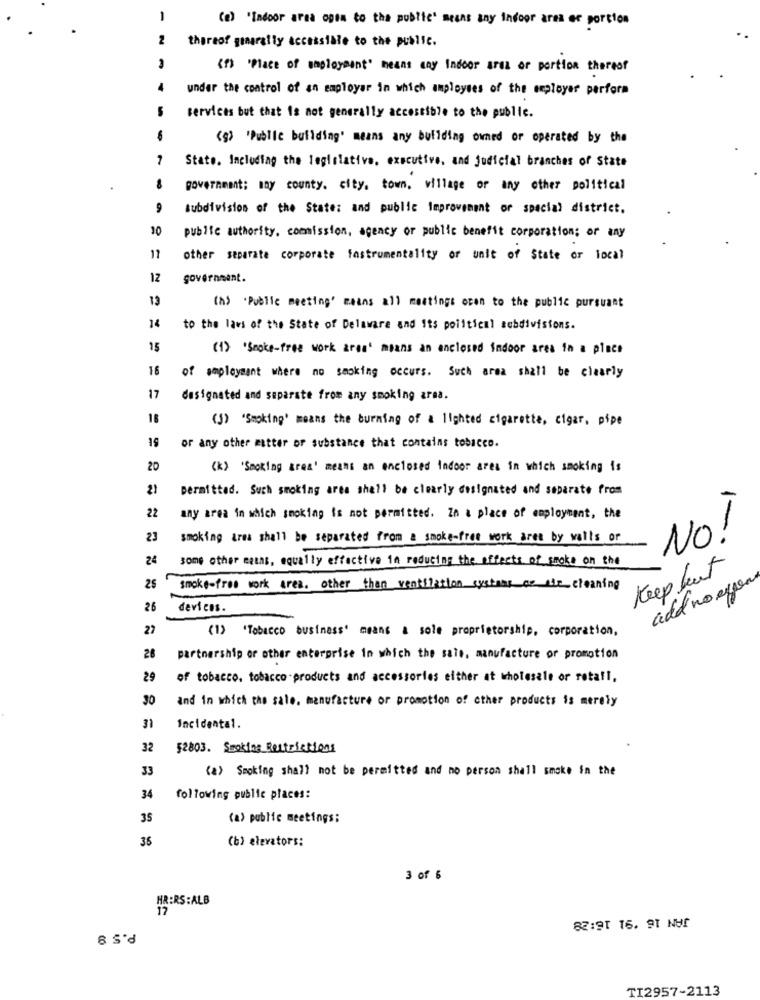
1
(8) 'Indoor area open to the public" means any indoor area of portion
2
thereof generally accessible to the public.
( f) 'Place of employment" means any Indoor arez or portion thereof
under the control of an employer in which employees of the employer perfora
services but that is not generally accessible to the public.
-
(9) "Public building" means any building owned or operated by the
-
State, Including the legislative. executive, and judicial branches of State
8
government; my county. city, town, village or any other political
9
subdivision of the State: and public Improvement or special district.
10
publie authority. commission, agency or public benefit corporation; or any
11
other separate corporate fastrumentality or unit of State or local
12
government.
13
(>> "Public meeting' means all meetings ocen to the public pursuant
14
to the laws of the State of Delaware and its political subdivisions.
15
(1) "Smoke-free work area' msans an enclosed indoor area in a place
16
of employment where no smoking occurs. Such area shall be clearly
17
designated and separate from any smoking arna.
18
(3) "Smoking' means the burning of a lighted cigarette, cigar, pipe
19
or any other matter of substance that contains tobacco.
20
(k> 'Smoking area' means an enclosed indoor ares in which smoking is
2)
permitted. Such smoking area shall be clearly designated and separate from
22
any area in which smoking is not permitted. Za a place of employment, the
23
smoking area shall be separated from & smoke-fret work aret by walls or
NO!
24
some other estas, equally effective in reducing the effects of smoke on the
Keep but
add no egen
25
smoke-free work area. other than ventilation systems of the cleaning
26
devices.
27
(1) 'Tobacco business" means a sole proprietorship, corporation,
28
partnership or other enterprise in which the sale, manufacture or promotion
29
of tobacco, tobacco products and accessories either at wholesale or rotafl,
30
and In which the sale, manufacture or promotion of other products is merely
31
Incidental.
32
52803. Smoking Restrictions
33
(a) Smoking shall not be permitted and no person shall smoke in the
34
following public places:
35
(a) public meetings;
36
(b) elevators:
3 of 6
HR:RS:ALB
17
82:91 16. 91 Ny!
TI2957-2113